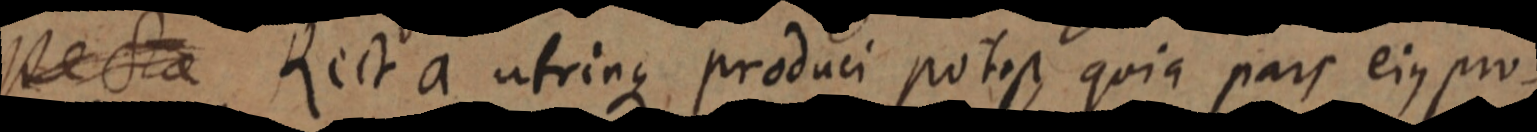
Recta Recta utrinque produci potest, quia pars ejus pro–